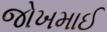
જોખમાઈ